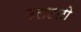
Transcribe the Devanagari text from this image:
उलटतो